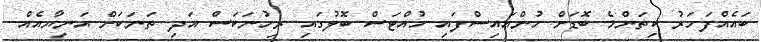
ބައެއްފަހަރު ކިތަންމެ ބޮޑަށް ހުންއައިސްފައި ހުއްޓަސް ބޮލުގައި ރިހުނަކަސް އަދި ތަނަކަށް އަނިޔާއެއް